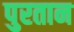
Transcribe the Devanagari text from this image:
पुरतान